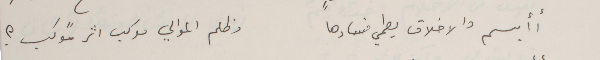
أأبسم والاخلاق يطمي فسادها               وظلم الموالي موكب اثر موكب ؟